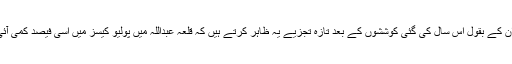
لیکن ان کے بقول اس سال کی گئی کوششوں کے بعد تازہ تجزیے یہ ظاہر کرتے ہیں کہ قلعہ عبداللہ میں پولیو کیسز میں اسی فیصد کمی آئی ہے۔